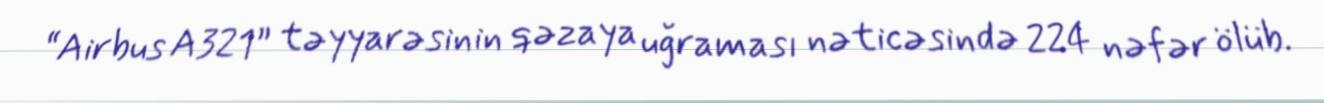
“Airbus A321” təyyarəsinin qəzaya uğraması nəticəsində 224 nəfər ölüb.